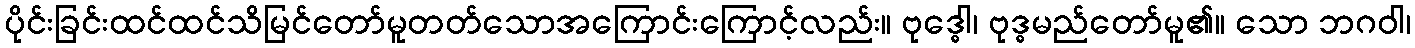
ပိုင်းခြင်းထင်ထင်သိမြင်တော်မူတတ်သောအကြောင်းကြောင့်လည်း။ ဗုဒ္ဓေါ၊ ဗုဒ္ဓမည်တော်မူ၏။ သော ဘဂဝါ၊